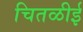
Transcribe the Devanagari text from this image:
चितळीई